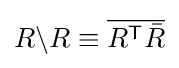
R\backslash R\equiv {\overline {R^{\textsf {T}}{\bar {R}}}}